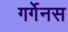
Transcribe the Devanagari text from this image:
गर्गेनस